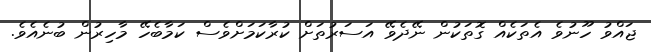
ޖައްވު ހޫނުވެ އެތަކެއް ގޮތަކުން ނޭދެވޭ އަސަރުތަށް ކުރާކަމަށްވެސް ކަމާބެހޭ މާހިރުން ބުނެއެވެ.